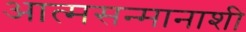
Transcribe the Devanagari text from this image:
आत्मसन्मानाशी